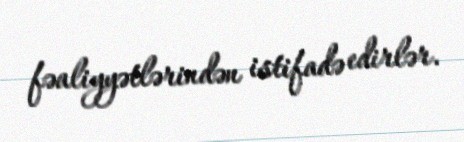
fəaliyyətlərindən istifadə edirlər.